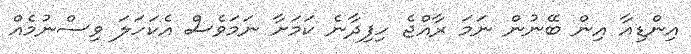
އިންޑިއާ އިން ބޭނުން ނަމަ ރާއްޖެ ހިފިދާނެ ކަމަށާ ނަމަވެސް އެކަހަލަ ވިސްނުމެއް